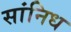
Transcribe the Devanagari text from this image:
सांनिध